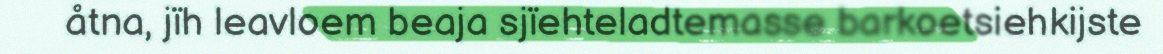
åtna, jïh leavloem beaja sjïehteladtemasse barkoetsiehkijste